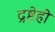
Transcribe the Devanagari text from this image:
द्रष्टेही